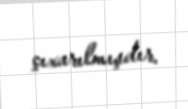
çıxarılmışdır.